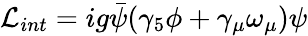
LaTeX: {\cal L}_{int}=ig\bar{\psi}(\gamma_{5}\phi+\gamma_{\mu}\omega_{\mu})\psi